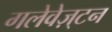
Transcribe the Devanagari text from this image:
गलेवेज़्टन